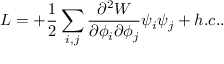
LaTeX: { \cal { L } } = + \frac { 1 } { 2 } \sum _ { i , j } \frac { \partial ^ { 2 } W } { \partial \phi _ { i } \partial \phi _ { j } } \psi _ { i } \psi _ { j } + h . c . . \nonumber